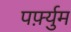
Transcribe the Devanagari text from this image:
पर्फ़्युम